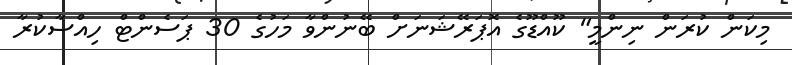
މިކަން ކުރަން ނިންމީ" ކޫއްޑޫގެ އޮޕަރޭޝަނަށް ބޭނުންވާ މަހުގެ 30 ޕަސެންޓް ހިއްސާކުރާ